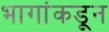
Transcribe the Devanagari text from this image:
भागांकडून